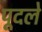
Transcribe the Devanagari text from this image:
पूदले